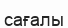
сағалы